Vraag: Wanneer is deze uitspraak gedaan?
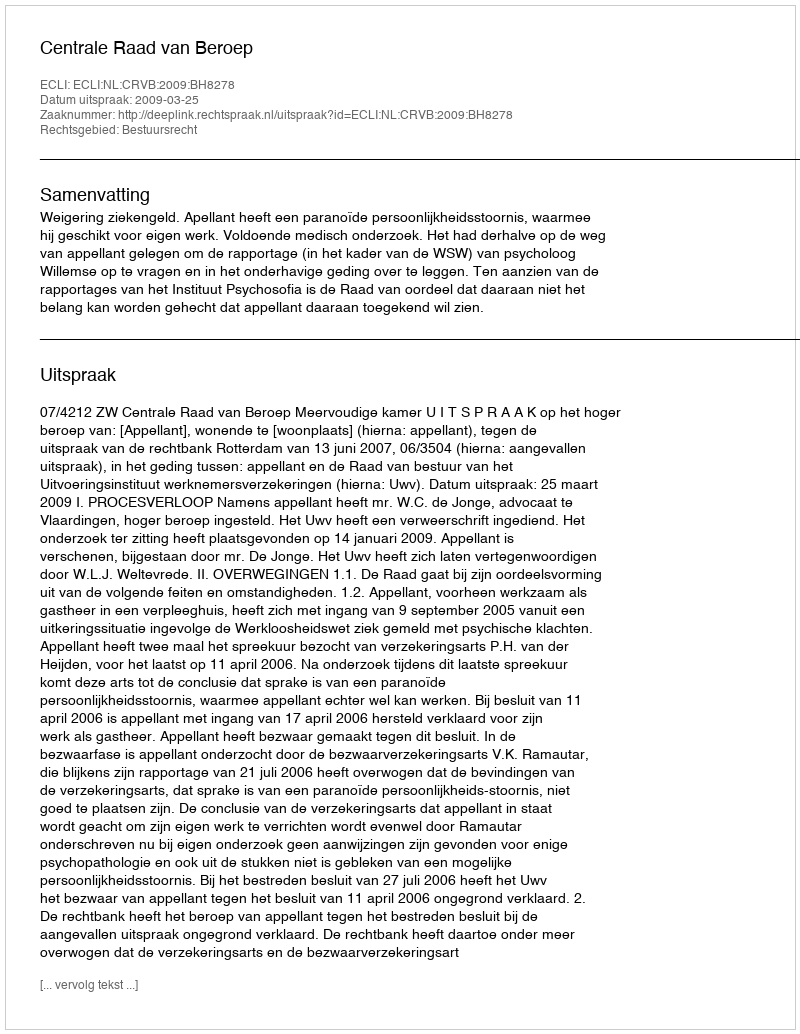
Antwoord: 2009-03-25